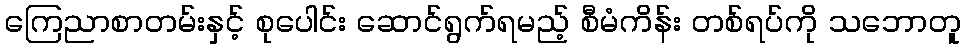
ကြေညာစာတမ်းနှင့် စုပေါင်း ဆောင်ရွက်ရမည့် စီမံကိန်း တစ်ရပ်ကို သဘောတူ